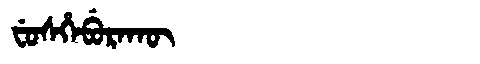
Manchu: ᠸᡠᠰᡥᡝᠪᡠᡵᠠᡴᡡ
Romanization: FUSHEBURAKŪ